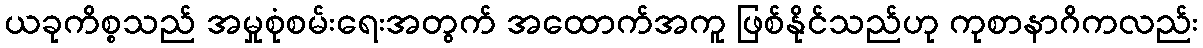
ယခုကိစ္စသည် အမှုစုံစမ်းရေးအတွက် အထောက်အကူ ဖြစ်နိုင်သည်ဟု ကုစာနာဂိကလည်း